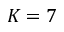
K = 7